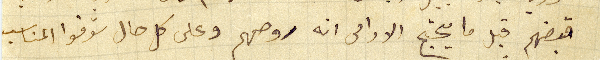
قبضهم قبل ما يحتج الادامى انه روحهم وعلى كل حال شوفوا المناسب